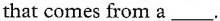
that comes from a ___ .